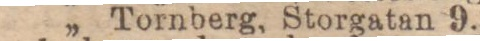
„ Tornberg, Storgatan 9.